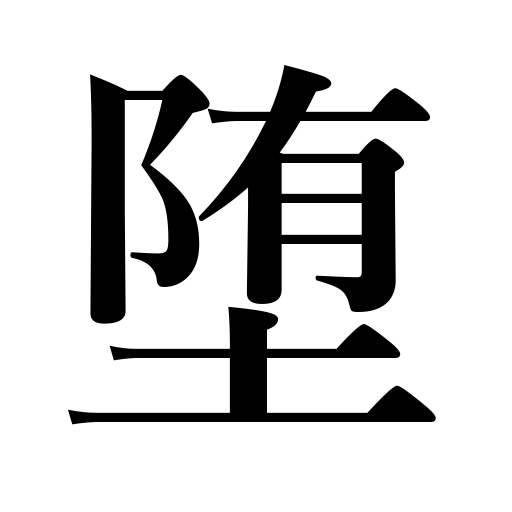
Meanings: degenerate,descend to,lapse into